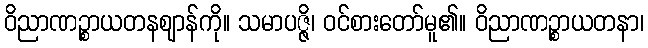
ဝိညာဏဉ္စာယတနဈာန်ကို။ သမာပဇ္ဇိ၊ ဝင်စားတော်မူ၏။ ဝိညာဏဉ္စာယတနာ၊